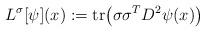
LaTeX: \begin{align*}L^\sigma[\psi](x):=\textup{tr}\big(\sigma\sigma^TD^2\psi(x)\big)\end{align*}